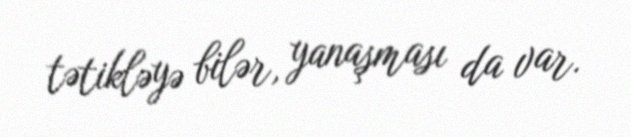
tətikləyə bilər, yanaşması da var.